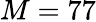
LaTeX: M=77